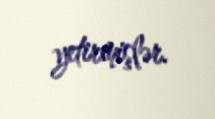
yetirmişlər.